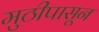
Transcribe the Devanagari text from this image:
मुठीपासून